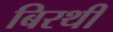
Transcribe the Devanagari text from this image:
बिरथी